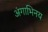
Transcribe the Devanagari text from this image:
अंगाभिनय